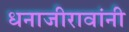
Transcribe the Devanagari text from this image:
धनाजीरावांनी